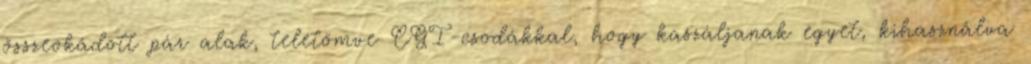
összeokádott pár alak, teletömve CGI-csodákkal, hogy kaszáljanak egyet, kihasználva